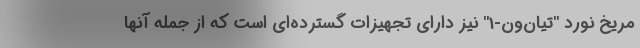
مریخ نورد "تیان‌ون-1" نیز دارای تجهیزات گسترده‌ای است که از جمله آنها